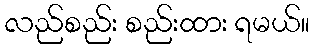
လည်စည်း စည်းထား ရမယ်။